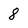
Character: 8